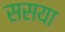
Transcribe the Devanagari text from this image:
ससया